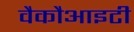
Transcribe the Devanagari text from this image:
वैकौआइटी